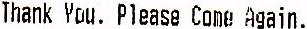
THANK YOU. PLEASE COME AGAIN.